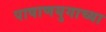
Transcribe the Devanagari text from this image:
पाषाणयुगाच्या